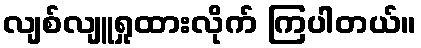
လျစ်လျူရှုထားလိုက် ကြပါတယ်။